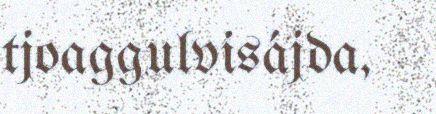
tjoaggulvisájda,